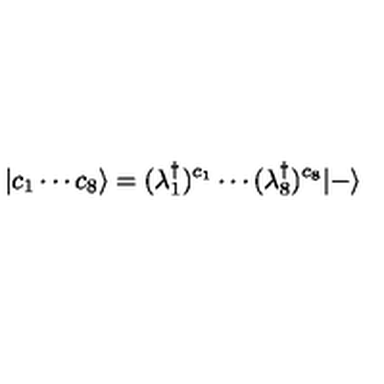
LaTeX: | c _ { 1 } \cdots c _ { 8 } \rangle = ( \lambda _ { 1 } ^ { \dagger } ) ^ { c _ { 1 } } \cdots ( \lambda _ { 8 } ^ { \dagger } ) ^ { c _ { 8 } } | - \rangle